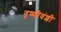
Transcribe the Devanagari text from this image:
वृष्णीवंशी